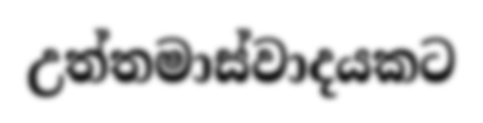
උත්තමාස්වාදයකට